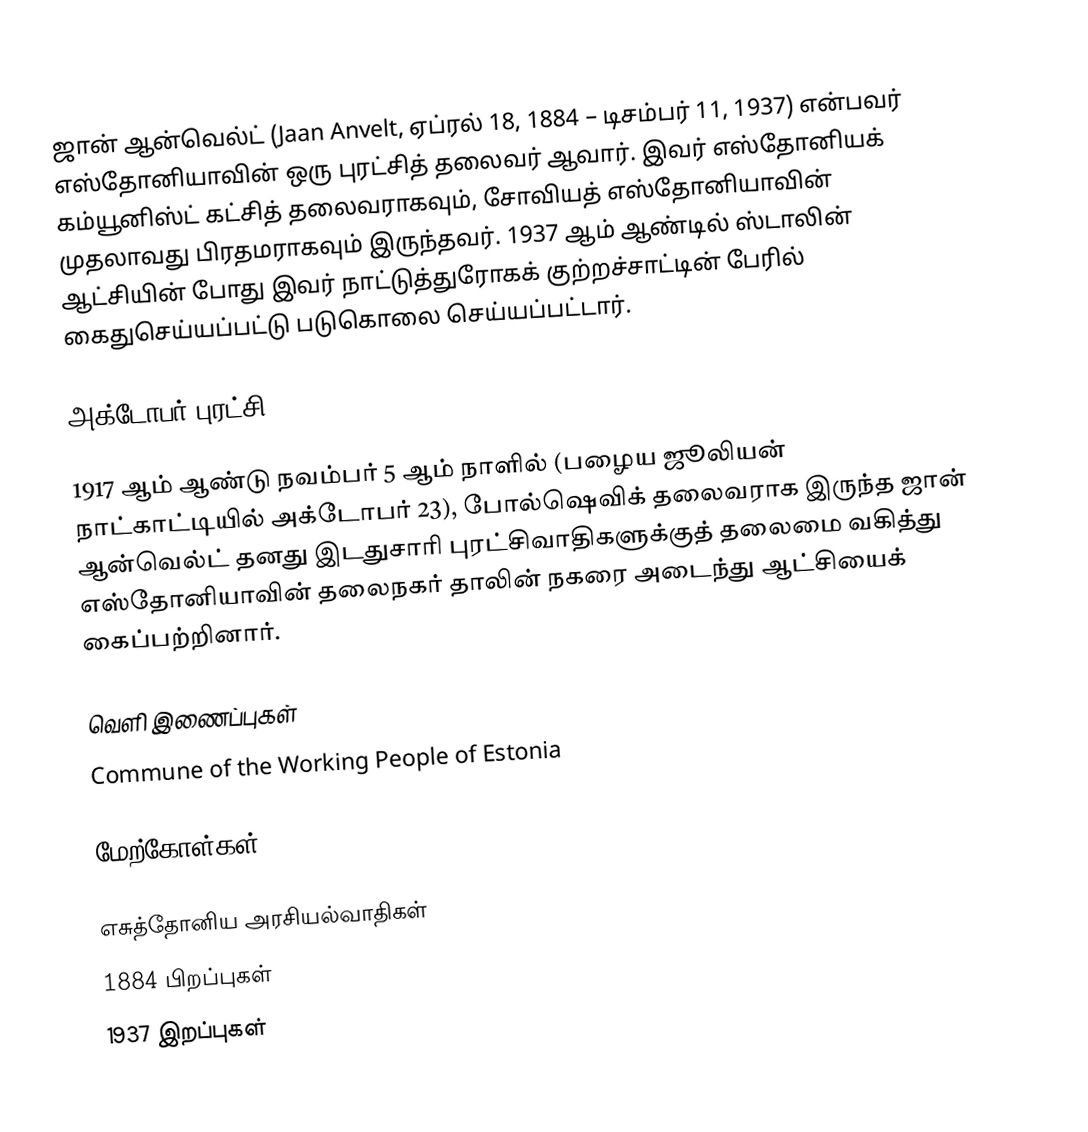
ஜான் ஆன்வெல்ட் (Jaan Anvelt, ஏப்ரல் 18, 1884 – டிசம்பர் 11, 1937) என்பவர் எஸ்தோனியாவின் ஒரு புரட்சித் தலைவர் ஆவார். இவர் எஸ்தோனியக் கம்யூனிஸ்ட் கட்சித் தலைவராகவும், சோவியத் எஸ்தோனியாவின் முதலாவது பிரதமராகவும் இருந்தவர். 1937 ஆம் ஆண்டில் ஸ்டாலின் ஆட்சியின் போது இவர் நாட்டுத்துரோகக் குற்றச்சாட்டின் பேரில் கைதுசெய்யப்பட்டு படுகொலை செய்யப்பட்டார்.

அக்டோபர் புரட்சி

1917 ஆம் ஆண்டு நவம்பர் 5 ஆம் நாளில் (பழைய ஜூலியன் நாட்காட்டியில் அக்டோபர் 23), போல்ஷெவிக் தலைவராக இருந்த ஜான் ஆன்வெல்ட் தனது இடதுசாரி புரட்சிவாதிகளுக்குத் தலைமை வகித்து எஸ்தோனியாவின் தலைநகர் தாலின் நகரை அடைந்து ஆட்சியைக் கைப்பற்றினார்.

வெளி இணைப்புகள்
Commune of the Working People of Estonia

மேற்கோள்கள்

எசுத்தோனிய அரசியல்வாதிகள்
1884 பிறப்புகள்
1937 இறப்புகள்